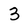
Character: 3